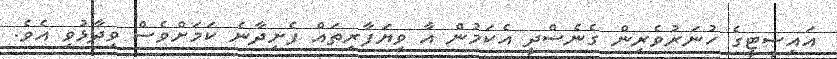
އައިސީޓީގެ ހުނަރުވެރިން ގެނެސްދީ އެކަމުން އާ ވިޔަފާރިތައް ފެށިދާނެ ކަމަށްވެސް ވިދާޅުވި އެވެ.